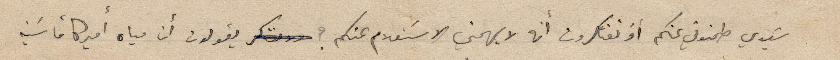
سَيدي طمنوني عنكم أو تفكرون أنه لا يهمني الاستعلام عنكم؟ يقولون أن مياه أميركا قاسية